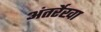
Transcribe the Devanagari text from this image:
अंतर्रेखा